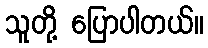
သူတို့ ပြောပါတယ်။